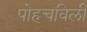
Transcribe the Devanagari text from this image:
पोहचविली